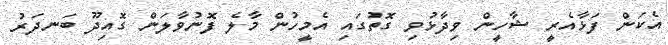
އެކަން ފަޅާއެރީ ޝާހީން ވިދާޅުވި ގޮތުގައި އެމީހުން މާލެ ފޮނުވާލަން ގޮއިދޫ ބަނދަރު